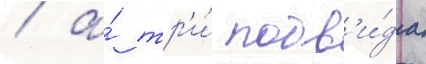
/ а́ тр'и́ подв'и́да